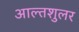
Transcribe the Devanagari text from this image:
आल्तशुलर